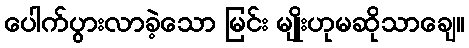
ပေါက်ပွားလာခဲ့သော မြင်း မျိုးဟုမဆိုသာချေ။